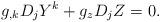
LaTeX: \begin{align*} g_{,k}D_jY^k+g_zD_jZ = 0. \end{align*}